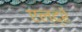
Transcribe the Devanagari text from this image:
एल्द्रे